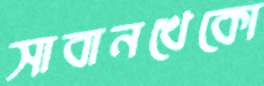
সাবানখেকো